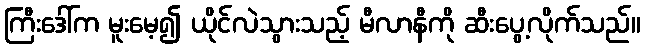
ကြီးဒေါ်က မူးမေ့၍ ယိုင်လဲသွားသည့် မီလာနီကို ဆီးပွေ့လိုက်သည်။